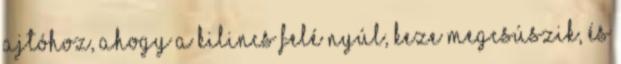
ajtóhoz, ahogy a kilincs felé nyúl, keze megcsúszik, és